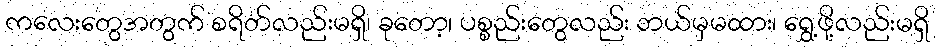
ကလေးတွေအတွက် စရိတ်လည်းမရှိ၊ ခုတော့၊ ပစ္စည်းတွေလည်း ဘယ်မှမထား၊ ရွှေ့ဖို့လည်းမရှိ